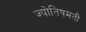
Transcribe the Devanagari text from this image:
ज्योतिषमती